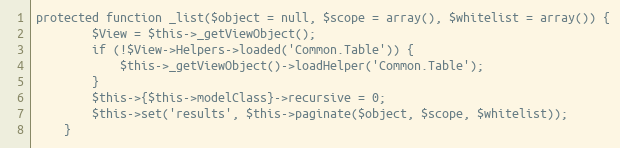
Language: PHP
protected function _list($object = null, $scope = array(), $whitelist = array()) {
		$View = $this->_getViewObject();
		if (!$View->Helpers->loaded('Common.Table')) {
			$this->_getViewObject()->loadHelper('Common.Table');
		}
		$this->{$this->modelClass}->recursive = 0;
		$this->set('results', $this->paginate($object, $scope, $whitelist));
	}